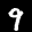
Label: 9